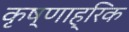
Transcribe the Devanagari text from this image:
कृष्णाह्रिक